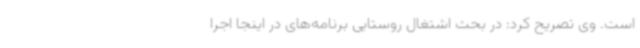
است. وی تصریح کرد: در بحث اشتغال روستایی برنامه‌های در اینجا اجرا